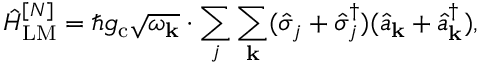
\hat { H } _ { \mathrm { L M } } ^ { [ N ] } = \hbar g _ { \mathrm { c } } \sqrt { \omega _ { \bf k } } \cdot \sum _ { j } \sum _ { \bf k } ( \hat { \sigma } _ { j } + \hat { \sigma } _ { j } ^ { \dagger } ) ( \hat { a } _ { \bf k } + \hat { a } _ { \bf k } ^ { \dagger } ) ,